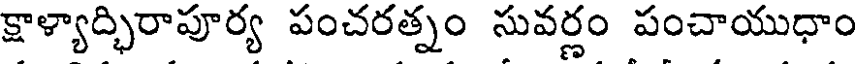
క్షాళ్యాద్భిరాపూర్య పంచరత్నం సువర్ణం పంచాయుధాం